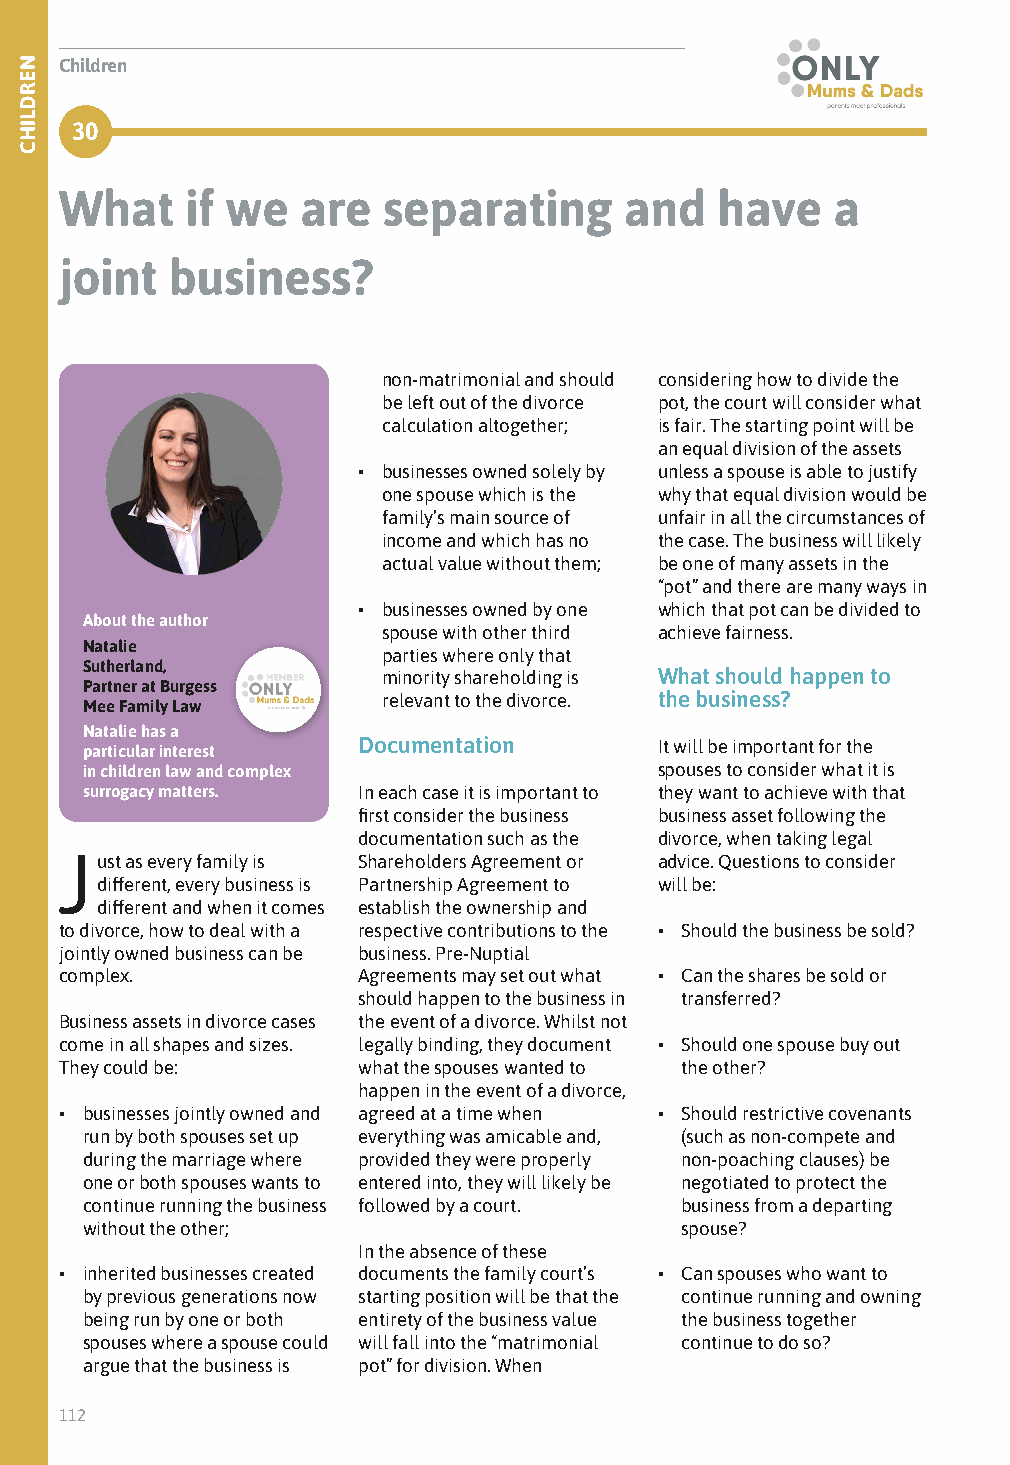
Children
 30
 What    if we   are  separating      and   have    a
 joint  business?
 non-matrimonial and should considering how to divide the
 be left out of the divorce pot, the court will consider what
 calculation altogether; is fair. The starting point will be
 an equal division of the assets
 • businesses owned solely by unless a spouse is able to justify
 one spouse which is the why that equal division would be
 family’s main source of unfair in all the circumstances of
 income and which has no the case. The business will likely
 actual value without them; be one of many assets in the
 “pot” and there are many ways in
 • businesses owned by one which that pot can be divided to
 About the author
 spouse with other third achieve fairness.
 Natalie
 parties where only that
 Sutherland,
 minority shareholding is What should happen to
 Partner at Burgess
 Mee Family Law      relevant to the divorce. the business?
 Natalie has a
 particular interest Documentation      It will be important for the
 in children law and complex            spouses to consider what it is
 surrogacy matters. In each case it is important to they want to achieve with that
 first consider the business business asset following the
 documentation such as the divorce, when taking legal
 Just as every family is Shareholders Agreement or advice. Questions to consider
 different, every business is Partnership Agreement to will be:
 different and when it comes establish the ownership and
 to divorce, how to deal with a respective contributions to the • Should the business be sold?
 jointly owned business can be business. Pre-Nuptial
 complex.            Agreements may set out what • Can the shares be sold or
 should happen to the business in transferred?
 Business assets in divorce cases the event of a divorce. Whilst not
 come in all shapes and sizes. legally binding, they document • Should one spouse buy out
 They could be:      what the spouses wanted to the other?
 happen in the event of a divorce,
 • businesses jointly owned and agreed at a time when • Should restrictive covenants
 run by both spouses set up everything was amicable and, (such as non-compete and
 during the marriage where provided they were properly non-poaching clauses) be
 one or both spouses wants to entered into, they will likely be negotiated to protect the
 continue running the business followed by a court. business from a departing
 without the other;                      spouse?
 In the absence of these
 • inherited businesses created documents the family court’s • Can spouses who want to
 by previous generations now starting position will be that the continue running and owning
 being run by one or both entirety of the business value the business together
 spouses where a spouse could will fall into the “matrimonial continue to do so?
 argue that the business is pot” for division. When
 112
 NERDLIHC